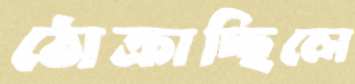
ঠোক্‌রাচ্ছিলে